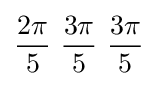
{2\pi  \over 5}\ {3\pi  \over 5}\ {3\pi  \over 5}